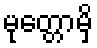
မုတ္တောမှိ